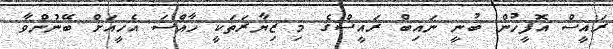
ރައީސް އޮފީހުން ބުނީ ނައިބް ރައީސްގެ މި ޒިޔާރަތަކީ ހާއްސަ އެހީއަށް ބޭނުންވާ